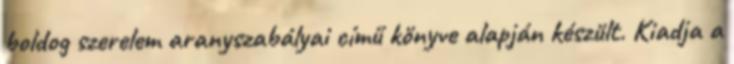
boldog szerelem aranyszabályai című könyve alapján készült. Kiadja a